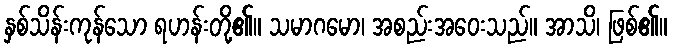
နှစ်သိန်းကုန်သော ရဟန်းတို့၏။ သမာဂမော၊ အစည်းအဝေးသည်။ အာသိ၊ ဖြစ်၏။